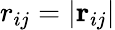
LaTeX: r_{ij}=|\textbf{r}_{ij}|